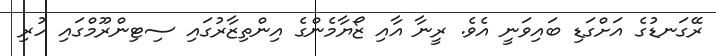
ރޭގަނޑުގެ އަށްގަޑި ބައިވަނީ އެވެ. ރީނާ އާއި ޒޯޔާމެންގެ އިންތިޒާރުގައި ސިޓިންރޫމްގައި ހުރި